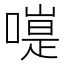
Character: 𠽭